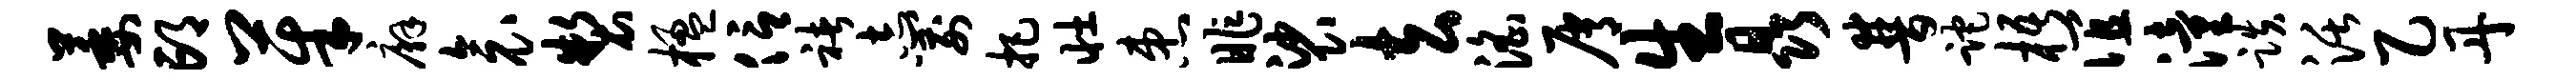
萎邙茱廨衾制楹信褚志箭把壮患昨裟去淫屑生晶普跎梧谊潼跌活乙丹